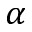
\alpha